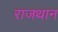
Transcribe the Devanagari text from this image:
राजथान